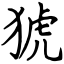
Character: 猇